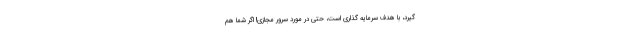
گیرد، با هدف سرمایه گذاری است، حتی در مورد سرور مجازی! اگر شما هم